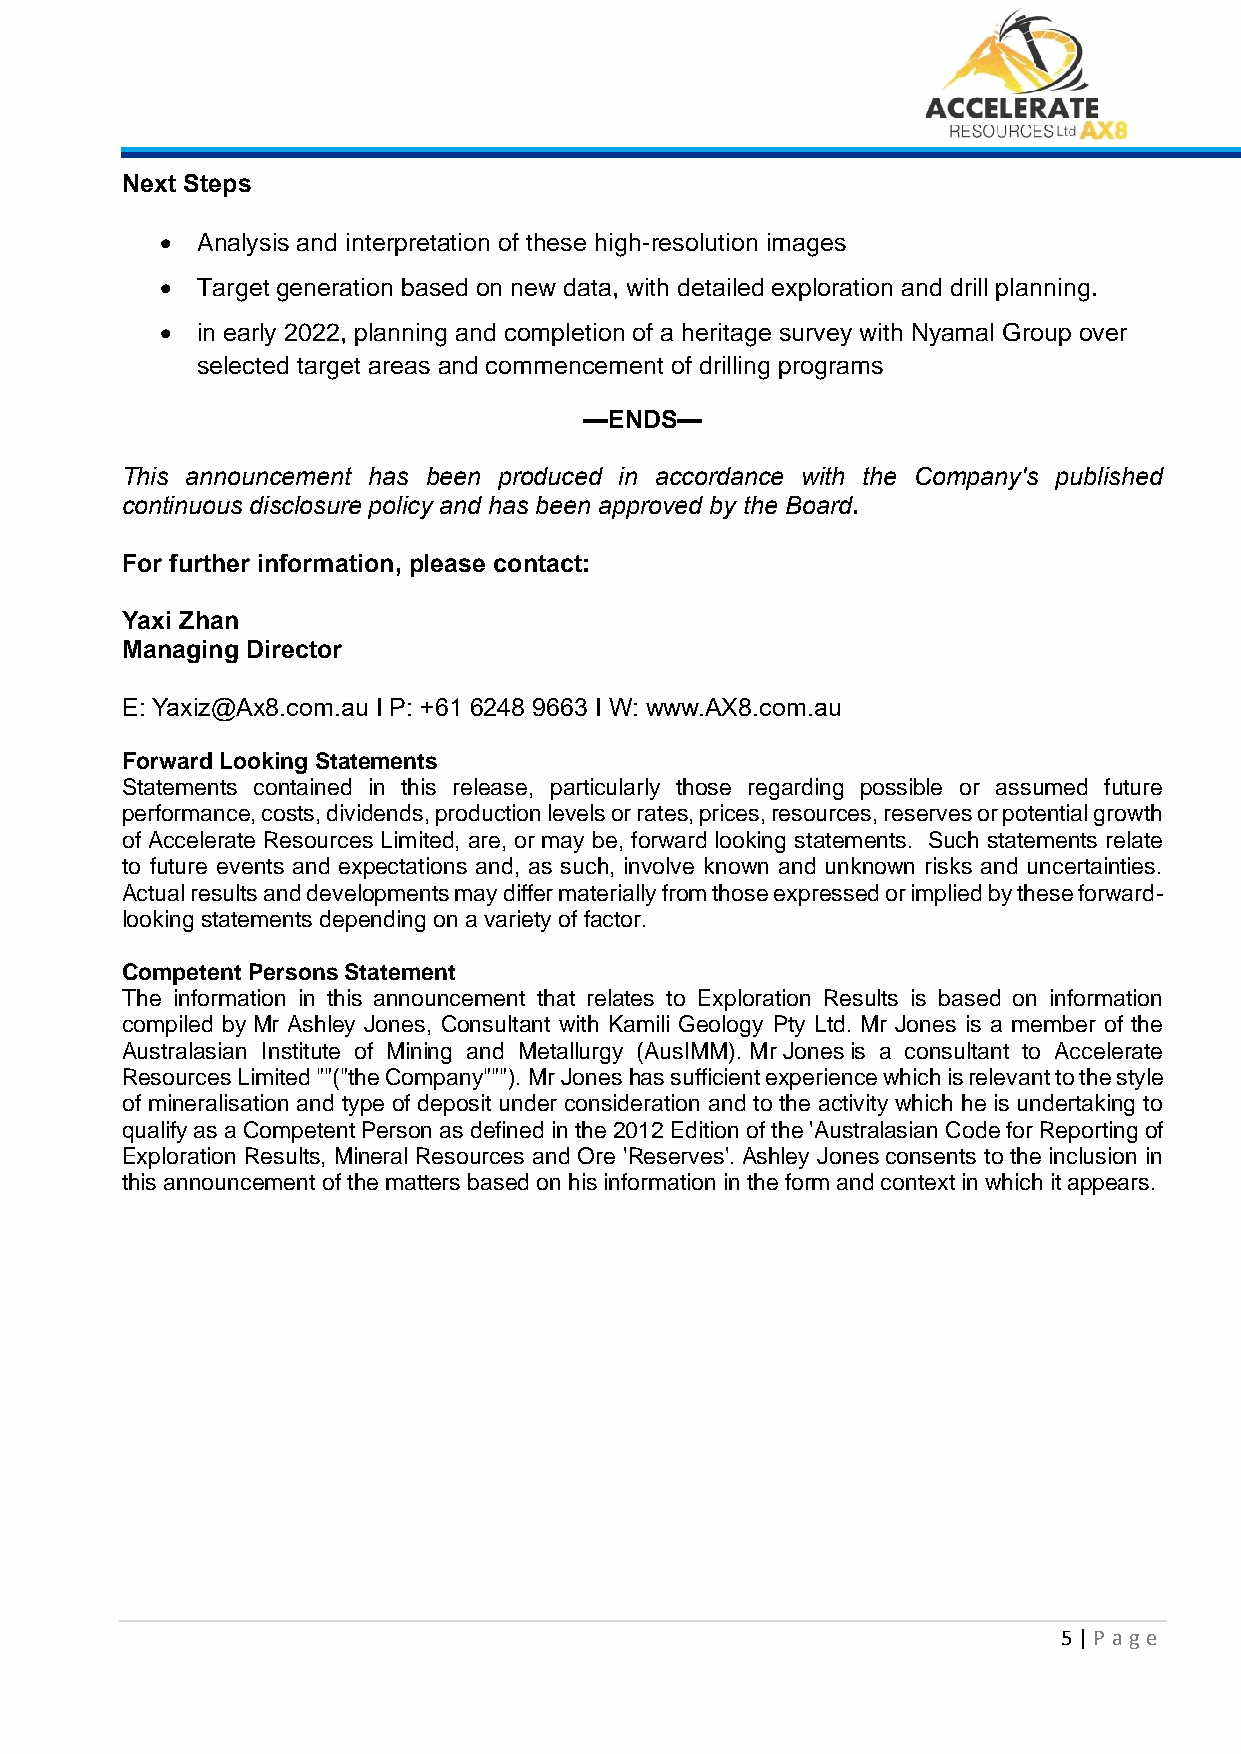
Next Steps
 • Analysis and interpretation of these high-resolution images
 • Target generation based on new data, with detailed exploration and drill planning.
 • in early 2022, planning and completion of a heritage survey with Nyamal Group over
 selected target areas and commencement of drilling programs
 —ENDS—
 This announcement has been produced in accordance with the Company's published
 continuous disclosure policy and has been approved by the Board.
 For further information, please contact:
 Yaxi Zhan
 Managing Director
 E: Yaxiz@Ax8.com.au I P: +61 6248 9663 I W: www.AX8.com.au
 Forward Looking Statements
 Statements contained in this release, particularly those regarding possible or assumed future
 performance, costs, dividends, production levels or rates, prices, resources, reserves or potential growth
 of Accelerate Resources Limited, are, or may be, forward looking statements. Such statements relate
 to future events and expectations and, as such, involve known and unknown risks and uncertainties.
 Actual results and developments may differ materially from those expressed or implied by these forward-
 looking statements depending on a variety of factor.
 Competent Persons Statement
 The information in this announcement that relates to Exploration Results is based on information
 compiled by Mr Ashley Jones, Consultant with Kamili Geology Pty Ltd. Mr Jones is a member of the
 Australasian Institute of Mining and Metallurgy (AusIMM). Mr Jones is a consultant to Accelerate
 Resources Limited ""("the Company"""). Mr Jones has sufficient experience which is relevant to the style
 of mineralisation and type of deposit under consideration and to the activity which he is undertaking to
 qualify as a Competent Person as defined in the 2012 Edition of the 'Australasian Code for Reporting of
 Exploration Results, Mineral Resources and Ore 'Reserves'. Ashley Jones consents to the inclusion in
 this announcement of the matters based on his information in the form and context in which it appears.
 5 | P age